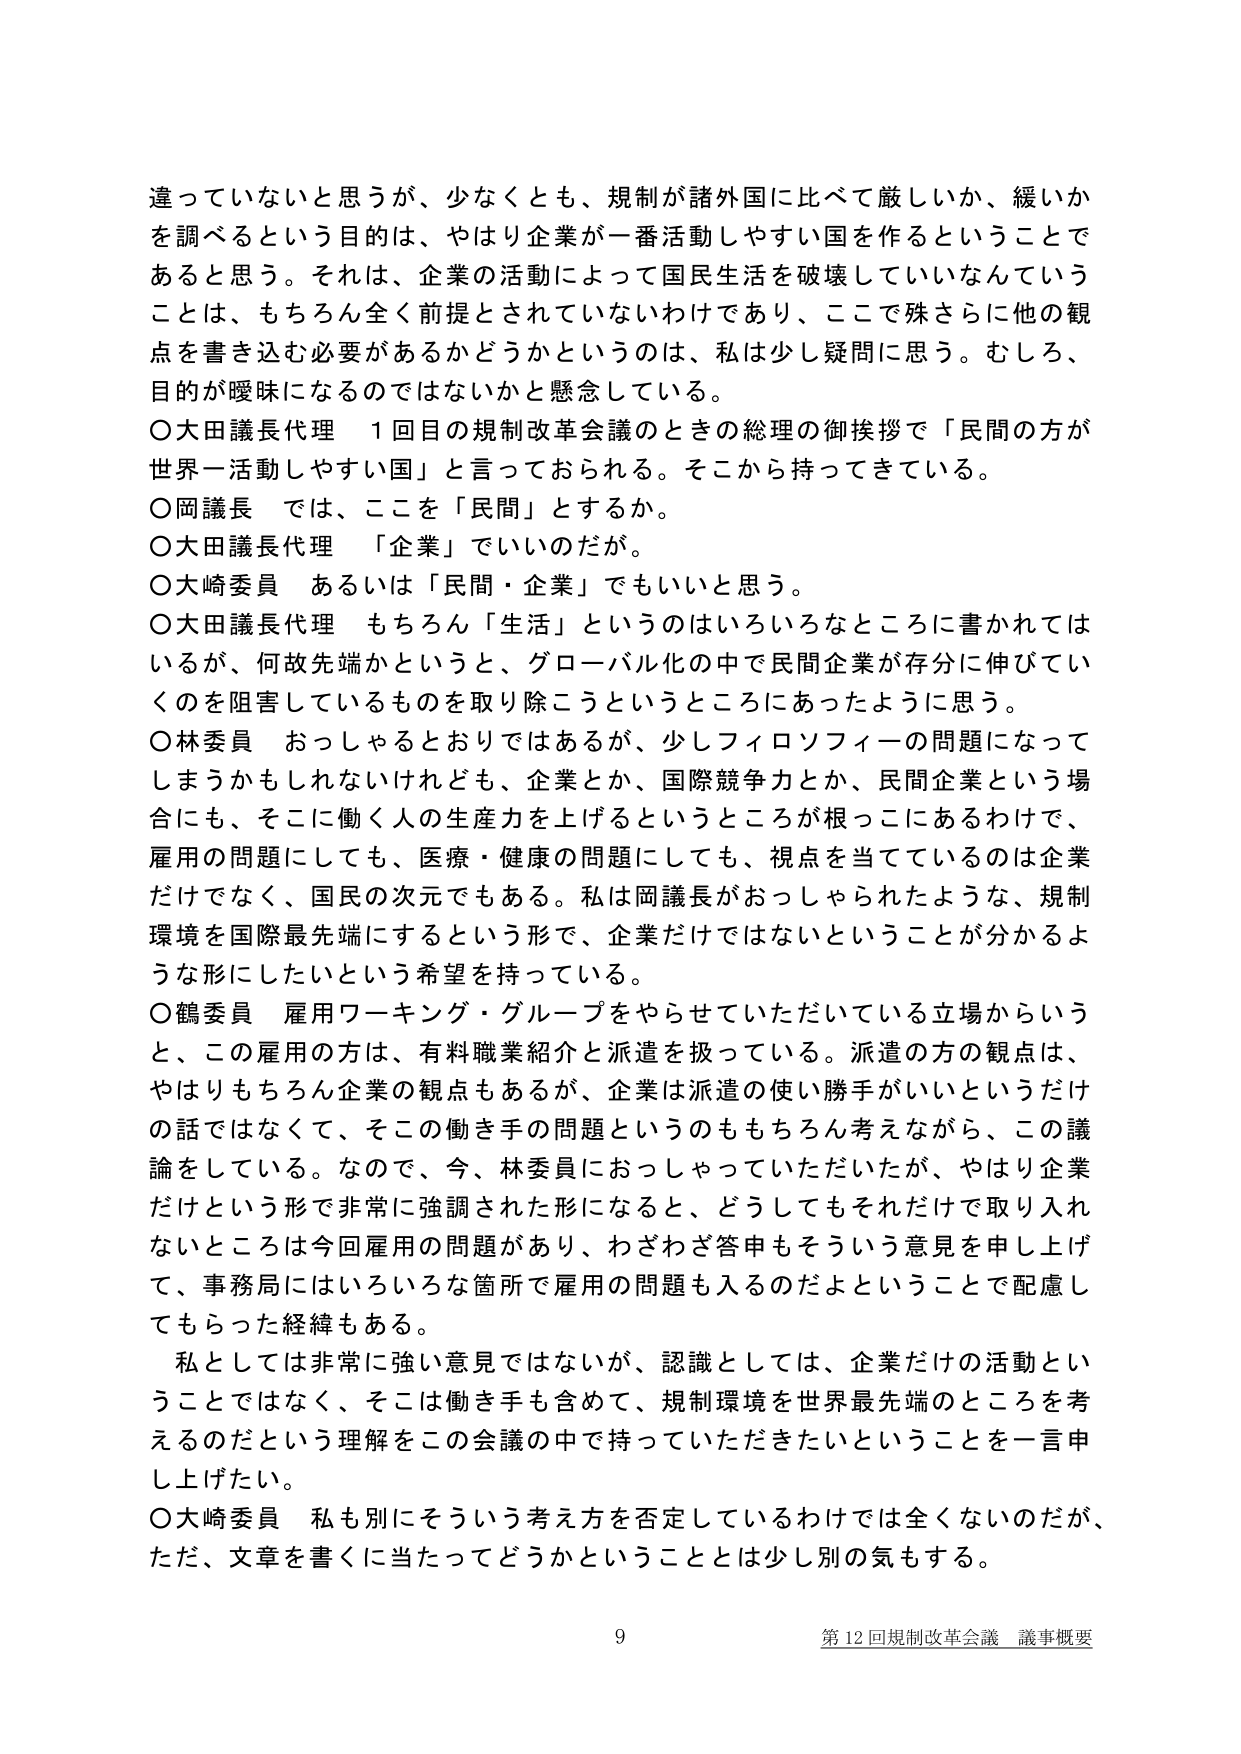
違っていると思うが、少なくとも、規制が諸外国に比べて厳しいか、緩いかを調べるという目的は、やはり企業が一番活動しやすい国を作ることであると思う。それは、企業の活動によって国民生活を破壊していいなんていうことは、もちろん全く前提とされていないわけであり、ここで殊さらに他の観点を書き込む必要があるかどうかというのは、私は少し疑問に思う。むしろ、目的が曖昧になるのではないかと懸念している。

○大田議長代理　1回目の規制改革会議のときの総理の御挨拶で「民間の方が世界一活動しやすい国」と言っておられる。そこから持ってきてている。

○岡議長　では、ここを「民間」とするか。

○大田議長代理　「企業」でいいのだが。

○大崎委員　あるいは「民間・企業」でもいいと思う。

○大田議長代理　もちろん「生活」というのはいろいろなところに書かれてはいるが、何故先端かというと、グローバル化の中で民間企業が存分に伸びていくのを阻害しているものを取り除こうというところにあったように思う。

○林委員　おっしゃるとおりではあるが、少しフィロソフィーの問題になってしまうかもしれないけれども、企業とか、国際競争力とか、民間企業という場合にも、そこに働く人の生産力を上げるというところが根っこにあるわけで、雇用の問題にしても、医療・健康の問題にしても、視点を当てているのは企業だけでなく、国民の次元でもある。私は岡議長がおっしゃられたような、規制環境を国際最先端にするという形で、企業だけではないということが分かるような形にしたいという希望を持っている。

○鶴委員　雇用ワーキング・グループをやらせていただいている立場からいうと、この雇用の方は、有料職業紹介と派遣を扱っている。派遣の方の観点は、やはりもちろん企業の観点もあるが、企業は派遣の使い勝手がいいというだけの話ではなくて、そこの働き手の問題というのももちろん考えながら、この議論をしている。なので、今、林委員におっしゃっていただいたが、やはり企業だけという形で非常に強調された形になると、どうしてもそれだけで取り入れないところは今回雇用の問題があり、わざわざ答申もそういう意見を申し上げて、事務局にはいろいろな箇所で雇用の問題も入るのだよということで配慮してもらった経緯もある。

私としては非常に強い意見ではないが、認識としては、企業だけの活動ということではなく、そこは働き手も含めて、規制環境を世界最先端のところを考えるのだという理解をこの会議の中で持っていただきたいということを一言申し上げたい。

○大崎委員　私も別にそういう考え方を否定しているわけではないのだが、ただ、文章を書くに当たってどうかということとは少し別の気もする。

9 第12回規制改革会議 議事概要